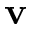
\mathbf { v }